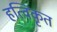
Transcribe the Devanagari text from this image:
हत्विकृत